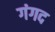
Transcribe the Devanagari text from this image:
गंगद